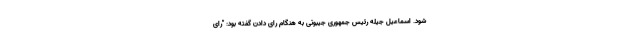
شود. اسماعیل جیله رئیس جمهوری جیبوتی به هنگام رای دادن گفته بود: "رای